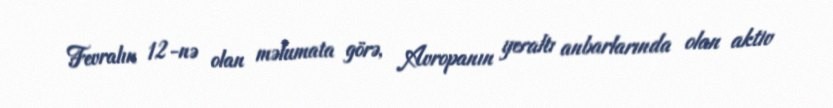
Fevralın 12-nə olan məlumata görə, Avropanın yeraltı anbarlarında olan aktiv